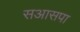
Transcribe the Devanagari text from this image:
सआसपा